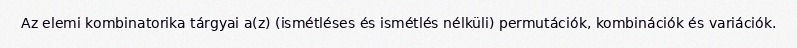
Az elemi kombinatorika tárgyai a(z) (ismétléses és ismétlés nélküli) permutációk, kombinációk és variációk.